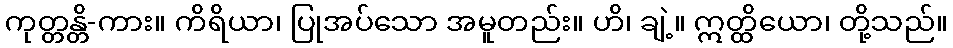
ကုတ္တန္တိ-ကား။ ကိရိယာ၊ ပြုအပ်သော အမူတည်း။ ဟိ၊ ချဲ့။ ဣတ္ထိယော၊ တို့သည်။